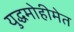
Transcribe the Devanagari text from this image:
युद्धमोहीमेत